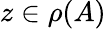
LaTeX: z\in\rho(A)